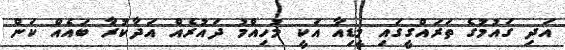
އަދި ގައުމުގެ ތަރައްގީގައި މީޑިއާ އަކީ މުހިއްމު ދައުރެއް އަދާކުރާ ބައެއް ކަން